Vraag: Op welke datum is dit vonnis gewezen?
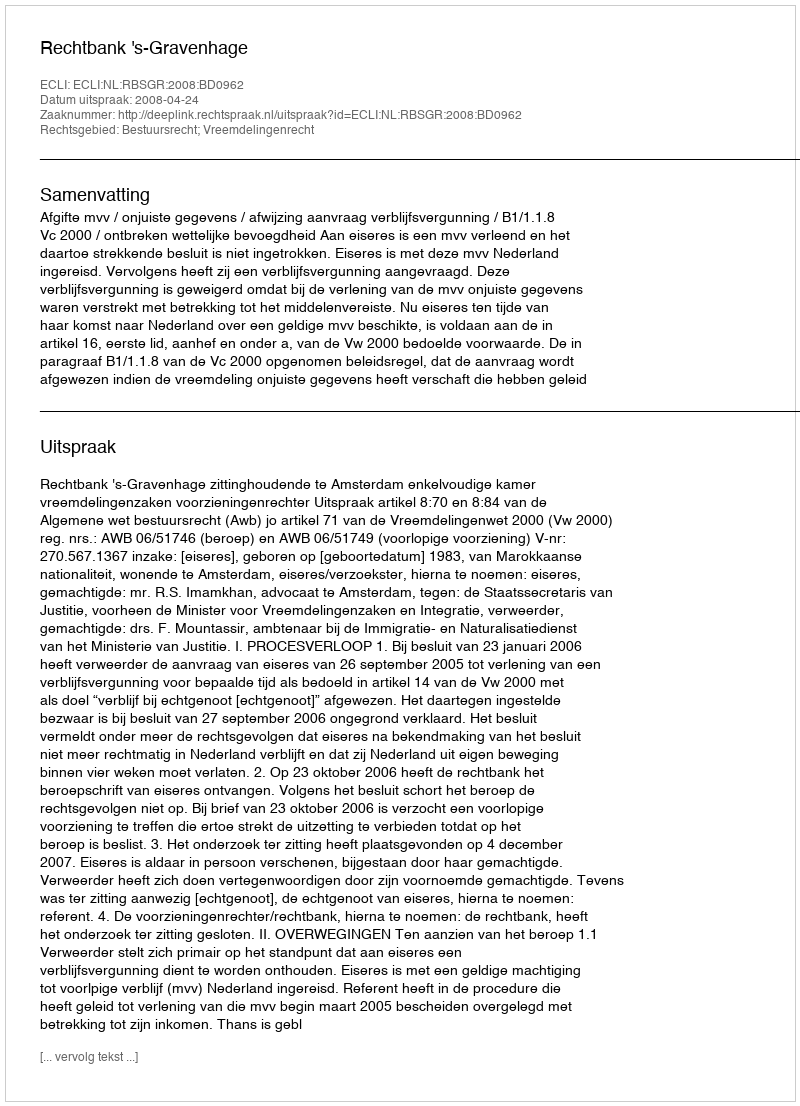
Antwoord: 2008-04-24